Lunatic asylums Central Provinces reports 1910-1926 - 1910-1926
Year: 1910
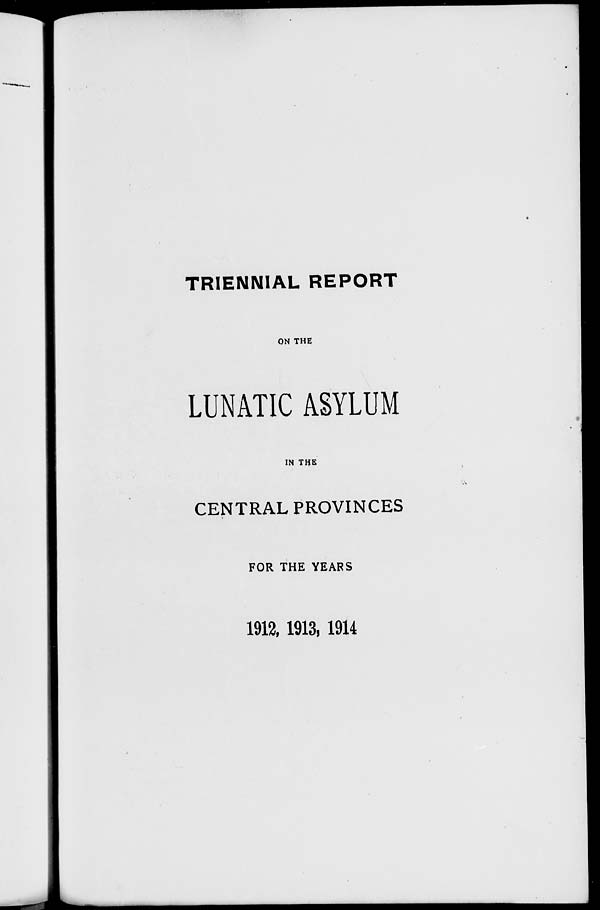
TRIENNIAL REPORT
ON THE
LUNATIC ASYLUM
IN THE
CENTRAL PROVINCES
FOR THE YEARS
1912, 1913, 1914